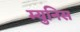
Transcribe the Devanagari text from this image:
म्युनिस